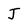
Character: J